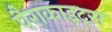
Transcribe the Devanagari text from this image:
पैराकाइट्स